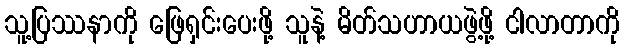
သူ့ပြဿနာကို ဖြေရှင်းပေးဖို့ သူနဲ့ မိတ်သဟာယဖွဲ့ဖို့ ငါလာတာကို